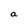
Character: a